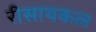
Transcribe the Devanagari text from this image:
रीसायकल